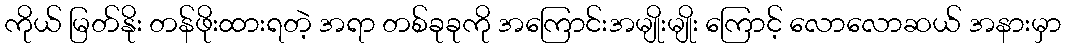
ကိုယ် မြတ်နိုး တန်ဖိုးထားရတဲ့ အရာ တစ်ခုခုကို အကြောင်းအမျိုးမျိုး ကြောင့် လောလောဆယ် အနားမှာ